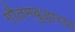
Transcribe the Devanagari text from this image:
गौतमबुद्धाच्या